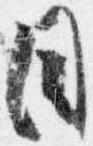
目